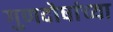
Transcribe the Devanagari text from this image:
गुणदोषांच्या